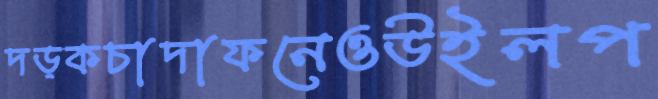
দড়কচাদাফনেওউইলপ